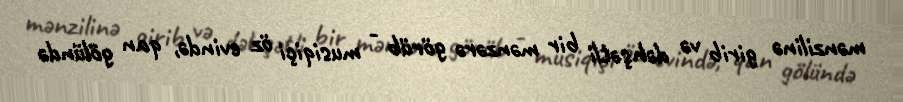
mənzilinə girib və dəhşətli bir mənzərə görüb - musiqiçi öz evində, qan gölündə